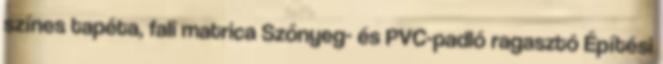
színes tapéta, fali matrica Szőnyeg- és PVC-padló ragasztó Építési